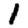
Digit: 1